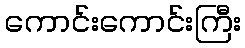
ကောင်းကောင်းကြီး